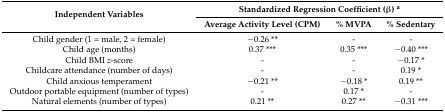
<table><thead><tr><td rowspan="2"><b>Independent Variables</b></td><td colspan="3"><b>Standardized Regression Coefficient (β) <sup>a</sup></b></td></tr><tr><td><b>Average Activity Level (CPM)</b></td><td><b>% MVPA</b></td><td><b>% Sedentary</b></td></tr></thead><tbody><tr><td>Child gender (1 = male, 2 = female)</td><td>−0.26 **</td><td>-</td><td>-</td></tr><tr><td>Child age (months)</td><td>0.37 ***</td><td>0.35 ***</td><td>−0.40 ***</td></tr><tr><td>Child BMI <i>z</i>-score</td><td>-</td><td>-</td><td>−0.17 *</td></tr><tr><td>Childcare attendance (number of days)</td><td>-</td><td>-</td><td>0.19 *</td></tr><tr><td>Child anxious temperament</td><td>−0.21 **</td><td>−0.18 *</td><td>0.19 **</td></tr><tr><td>Outdoor portable equipment (number of types)</td><td>-</td><td>0.17 *</td><td>-</td></tr><tr><td>Natural elements (number of types)</td><td>0.21 **</td><td>0.27 **</td><td>−0.31 ***</td></tr></tbody></table>